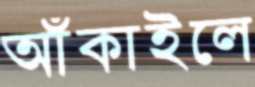
আঁকাইলে